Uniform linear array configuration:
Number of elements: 16
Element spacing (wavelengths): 1
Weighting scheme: kaiser
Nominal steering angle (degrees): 0
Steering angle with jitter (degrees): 1.199
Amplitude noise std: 0.05
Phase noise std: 0.05

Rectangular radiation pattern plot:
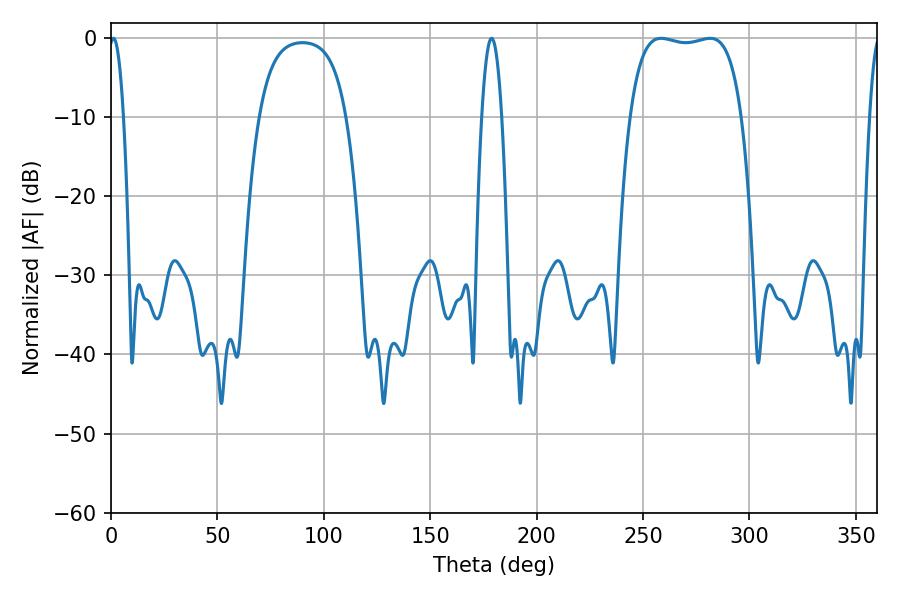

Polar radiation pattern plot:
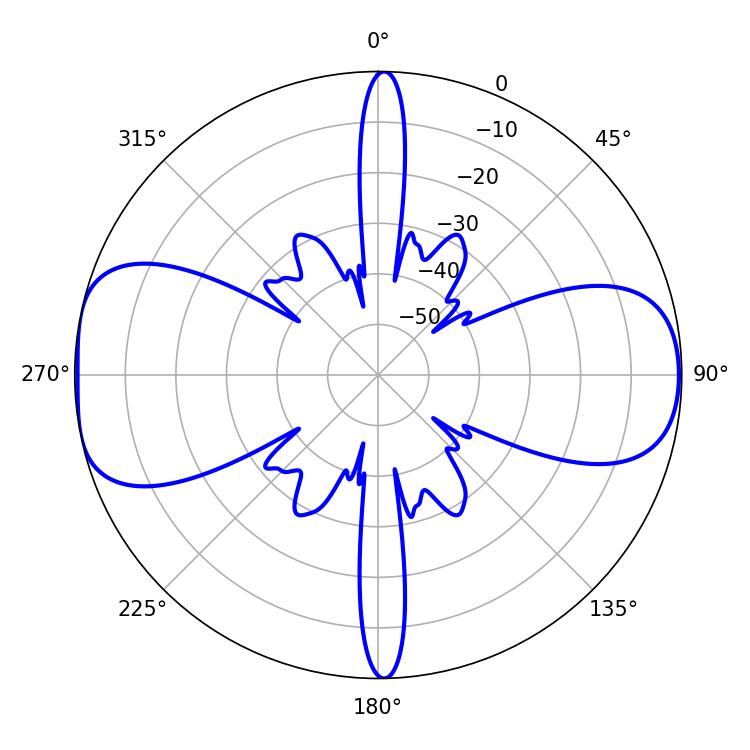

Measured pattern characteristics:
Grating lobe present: TRUE
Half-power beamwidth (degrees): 41.76
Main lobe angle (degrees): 258.48